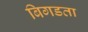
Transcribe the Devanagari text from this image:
बिगडता